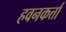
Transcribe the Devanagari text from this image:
हवनकर्त्ता